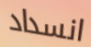
انسداد